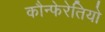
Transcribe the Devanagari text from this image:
कौन्फेरेतियो